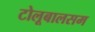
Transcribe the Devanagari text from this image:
टोलूबालसम